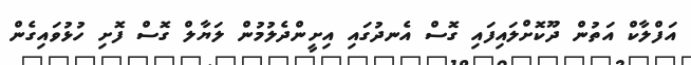
އަފްލާކް އަތުން ދޫކޮށްލައިފައި ގޮސް އެނދުގައި އިށީންދެލުމުން ލަޔާލް ގޮސް ފޮށި ހުޅުވައިގެން